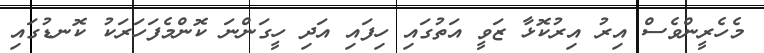
މެހެރީންވެސް އިރު އިރުކޮޅާ ޒަވީ އަތުގައި ހިފައި އަދި ހީގަންނަ ކޮންމެފަހަރަކު ކޮނޑުގައި